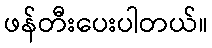
ဖန်တီးပေးပါတယ်။